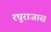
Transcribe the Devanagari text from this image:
रघुराजास